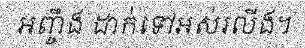
អញ្ចឹង ដាក់ទៅអស់រលីង។